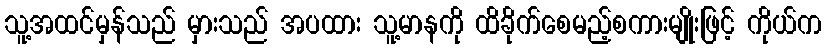
သူ့အထင်မှန်သည် မှားသည် အပထား သူ့မာနကို ထိခိုက်စေမည့်စကားမျိုးဖြင့် ကိုယ်က